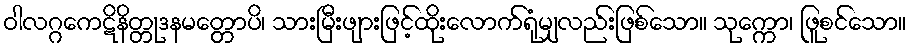
ဝါလဂ္ဂကေဋိနိတ္တုဒနမတ္တောပိ၊ သားမြီးဖျားဖြင့်ထိုးလောက်ရုံမျှလည်းဖြစ်သော။ သုက္ကော၊ ဖြူစင်သော။